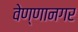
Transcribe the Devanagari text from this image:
वेण्णानगर